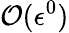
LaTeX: {\cal O}(\epsilon^{0})